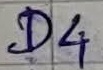
Text: D4